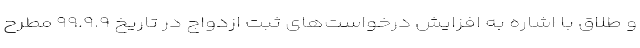
و طلاق با اشاره به افزایش درخواست‌های ثبت ازدواج در تاریخ ۹۹.۹.۹ مطرح